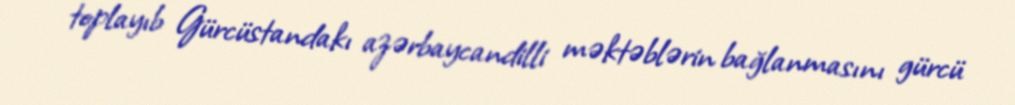
toplayıb Gürcüstandakı azərbaycandilli məktəblərin bağlanmasını gürcü